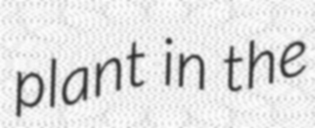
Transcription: plant in the